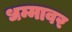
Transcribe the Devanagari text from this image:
धम्मावर